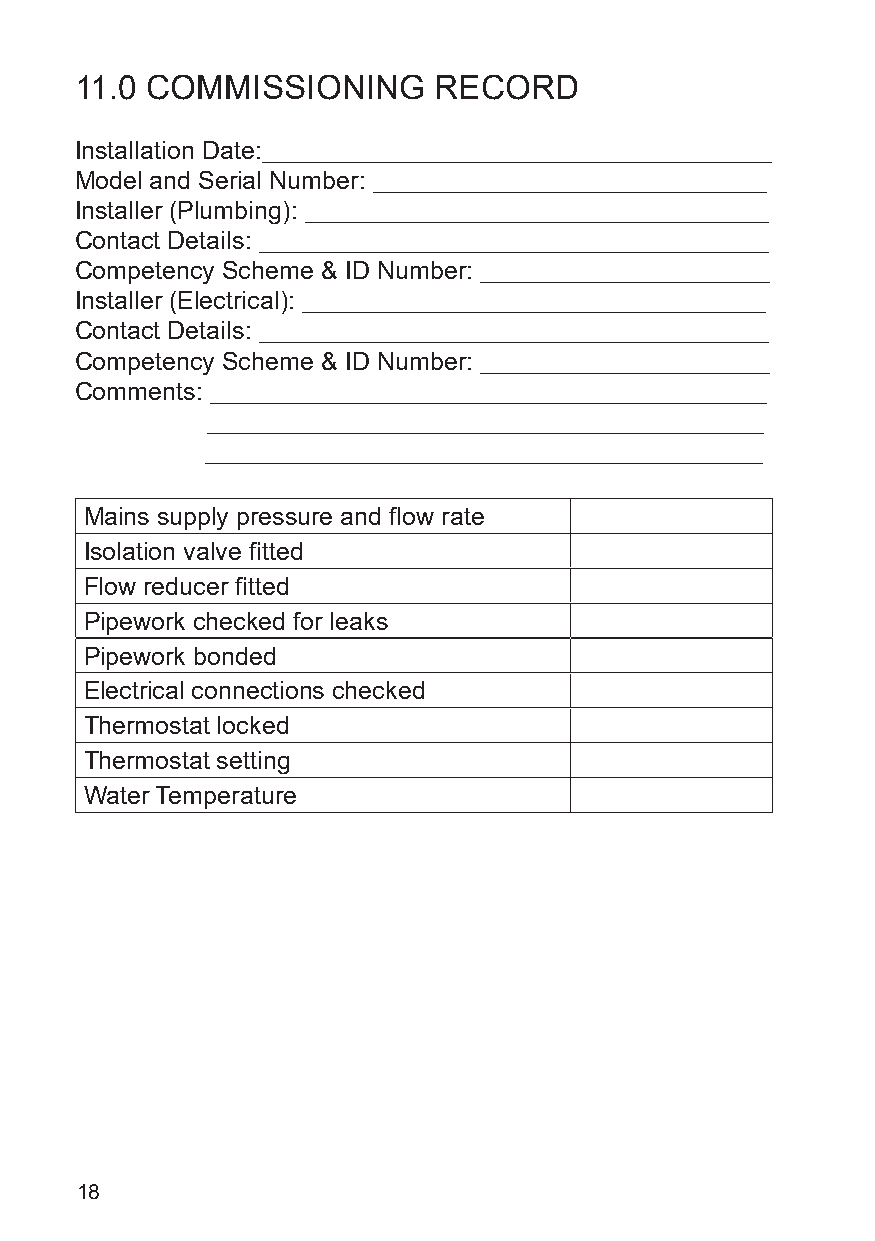
11.0 COMMISSIONING      RECORD
 Installation Date:____________________________________________
 Model and Serial Number: __________________________________
 Installer (Plumbing): ________________________________________
 Contact Details: ____________________________________________
 Competency Scheme & ID Number: _________________________
 Installer (Electrical): ________________________________________
 Contact Details: ____________________________________________
 Competency Scheme & ID Number: _________________________
 Comments: ________________________________________________
 ________________________________________________
 ________________________________________________
 Mains supply pressure and flow rate
 Isolation valve fitted
 Flow reducer fitted
 Pipework checked for leaks
 Pipework bonded
 Electrical connections checked
 Thermostat locked
 Thermostat setting
 Water Temperature
 18